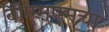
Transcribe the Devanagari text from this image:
बीएमएमचा